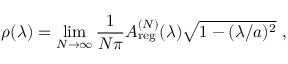
\rho ( \lambda ) = \operatorname * { l i m } _ { N \to \infty } \frac { 1 } { N \pi } A _ { \mathrm { r e g } } ^ { ( N ) } ( \lambda ) \sqrt { 1 - ( \lambda / a ) ^ { 2 } } \ ,